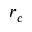
r _ { c }